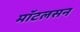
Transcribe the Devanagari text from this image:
मॉटलसन